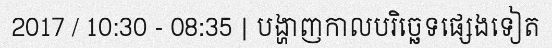
2017 / 10:30 - 08:35 | បង្ហាញកាលបរិច្ឆេទផ្សេងទៀត